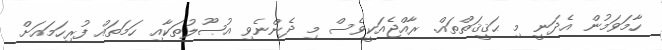
ހާމަވަމުން އެދަނީ މި ޙަޤީޤަތްތައް. ރާއްޖެއަކީވެސް މި ދެންނެވި އުޞޫލުތަކާއި ހަމަތައް ފުރިހަމައަށް